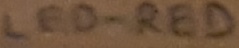
Text: LED-RED